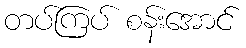
တပ်ကြပ် စန်းအောင်